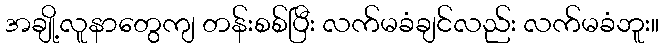
အချို့လူနာတွေကျ တန်းစစ်ပြီး လက်မခံချင်လည်း လက်မခံဘူး။